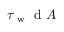
\tau _ { \mathrm { ~ w ~ } } { \mathrm { ~ d ~ } A }